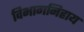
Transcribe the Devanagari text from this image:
विभागनिहाय